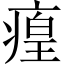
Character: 㾮